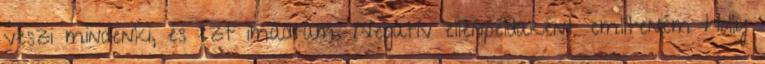
veszi mindenki, és ezt imádtam. Negatív ellenpéldaként említeném Holly